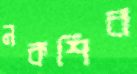
নকশির